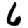
Digit: 6